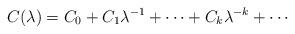
LaTeX: \begin{align*}C(\lambda) = C_0 + C_1\lambda^{-1} +\cdots + C_k\lambda^{-k}+\cdots\end{align*}